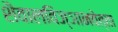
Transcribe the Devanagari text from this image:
शैवालविज्ञानवेत्ता